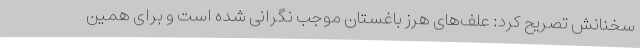
سخنانش تصریح کرد: علف‌های هرز باغستان موجب نگرانی شده است و برای همین